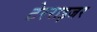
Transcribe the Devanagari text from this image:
टेरराइजर